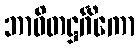
ဘာဝိတဋ္ဌင်္ဂိကော